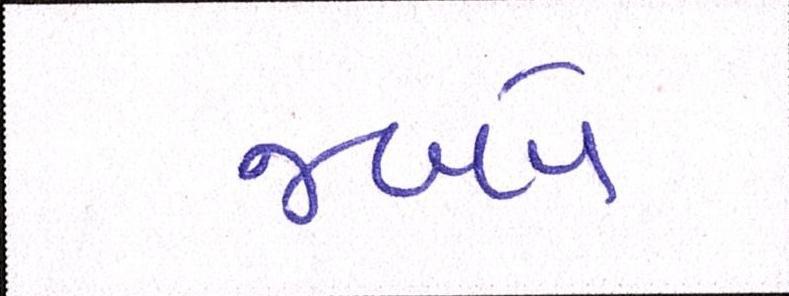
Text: જબ્બે